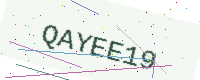
Text: QAYEE19